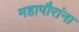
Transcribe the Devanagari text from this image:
महापौरांना